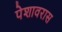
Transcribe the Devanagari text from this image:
पेशावरास